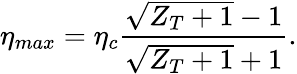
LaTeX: \eta_{max}=\eta_{c}\frac{\sqrt{Z_{T}+1}-1}{\sqrt{Z_{T}+1}+1}.